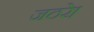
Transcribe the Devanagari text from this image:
जठरे।